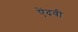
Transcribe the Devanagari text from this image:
ऐंदवी